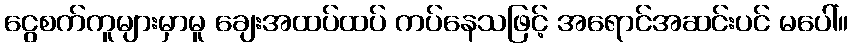
ငွေစက်ကူများမှာမူ ချေးအထပ်ထပ် ကပ်နေသဖြင့် အရောင်အဆင်းပင် မပေါ်။